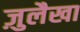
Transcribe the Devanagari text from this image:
ज़ुलैखा